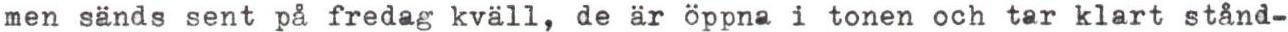
men sänds sent på fredag kväll, de är öppna i tonen och tar klart stånd-